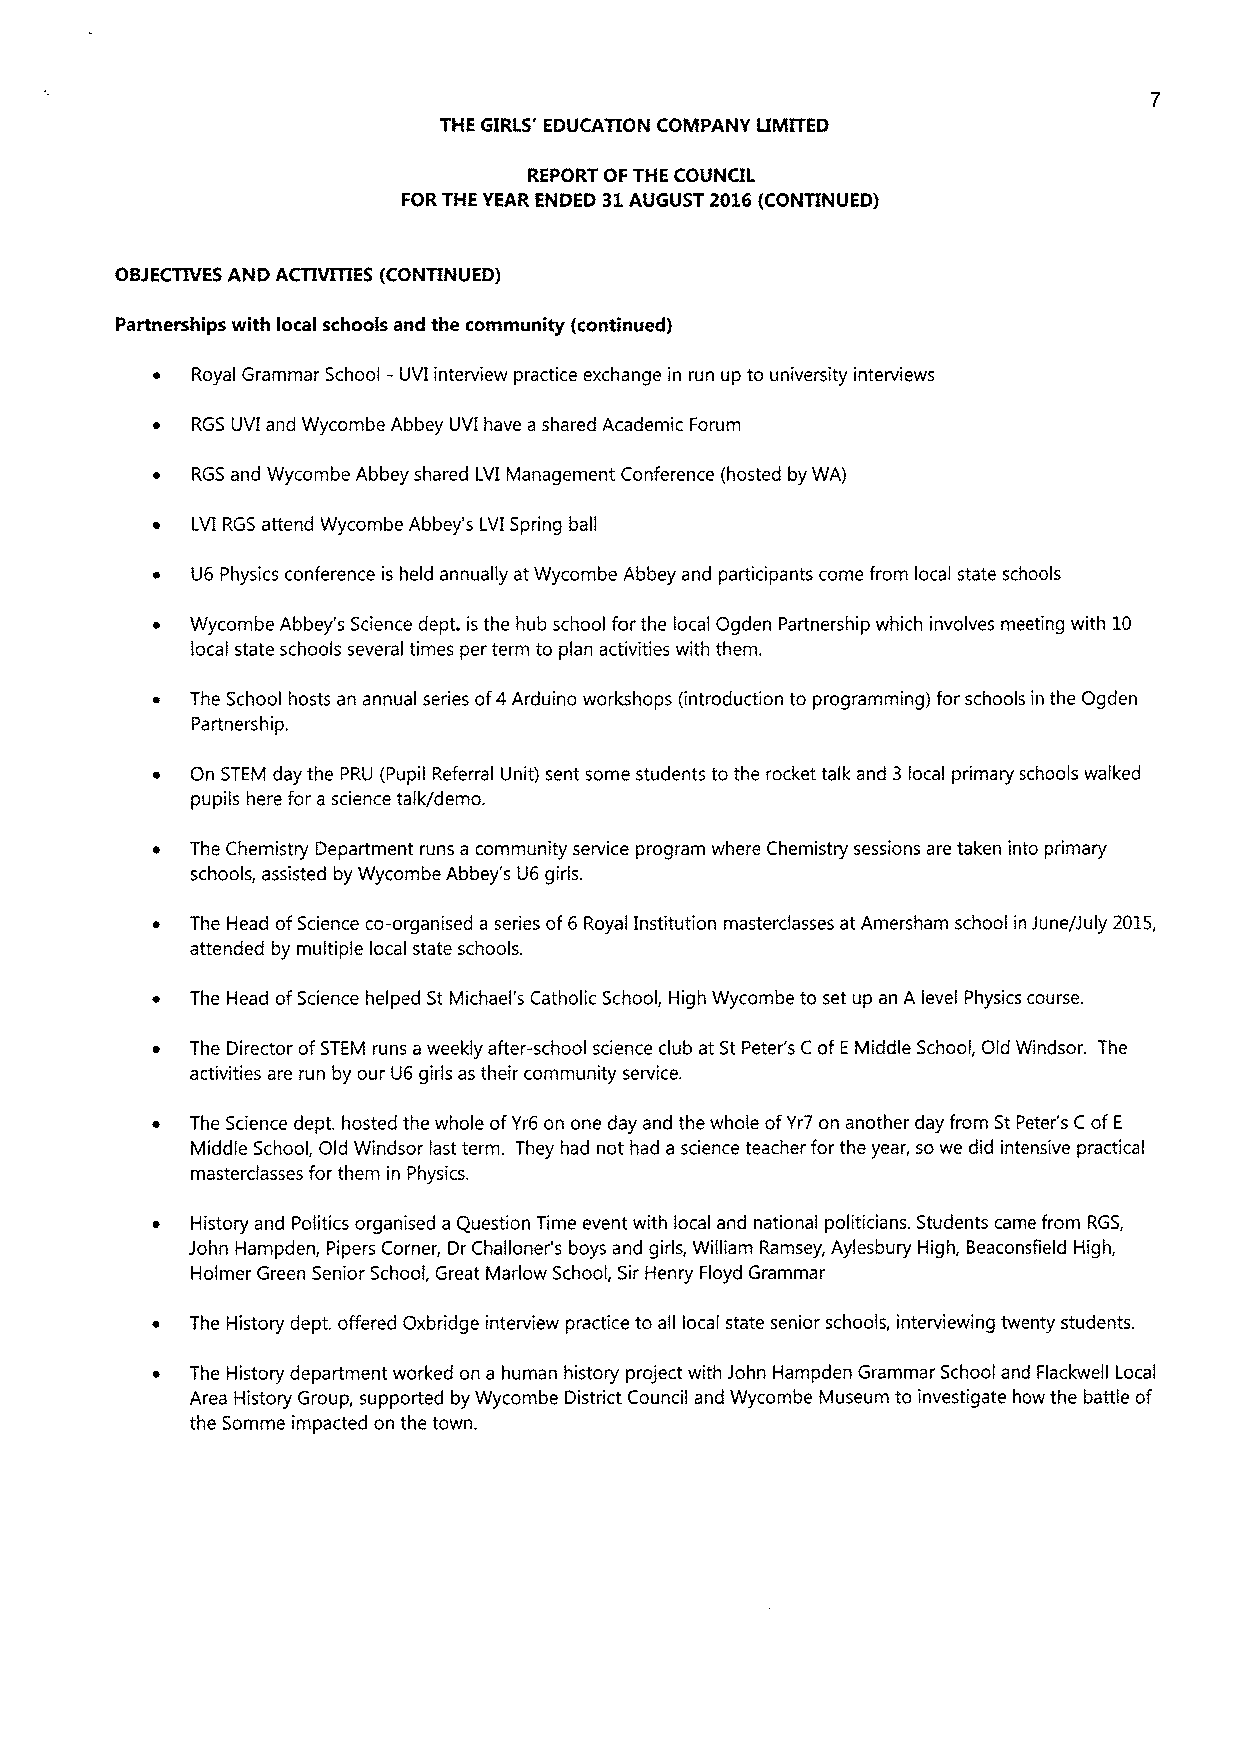
THE GIRLS' EDUCATION COMPANY LIMITED
 REPORT OF THE COUNCIL
 FOR THE YEAR ENDED 31AUGUST 2016(CONTINUED)
 OBJECTIVESAND ACTIVITIES (CONTINUED)
 Partnerships with local schools and the community (continued)
 ~  Royal Grammar School - UVI interview practice exchange in run up to university interviews
 RGS UVI and Wycombe Abbey UVI have a shared Academic Forum
 ~  RGS and Wycombe Abbey shared LVI Management Conference (hosted by WA)
 ~  LVI RGS attend Wycombe Abbey's LVI Spring ball
 ~  U6 Physics conference is held annually at Wycombe Abbey and participants come from local state schools
 Wycombe Abbey's Science dept. is the hub school for the local Ogden Partnership which involves meeting with 10
 local state schools several times per term to plan activities with them.
 The School hosts an annual series of4Arduino workshops (introduction to programming) for schools in the Ogden
 Partnership.
 On STEM day the PRU (Pupil Referral Unit) sent some students to the rocket talk and 3 local primary schools walked
 pupils here for a science talk/demo.
 ~  The Chemistry Department runs a community service program where Chemistry sessions are taken into primary
 schools, assisted by Wycombe Abbey's U6 girls.
 ~  The Head ofScience co-organised a series of6 Royal Institution masterclasses at Amersham school in June/July 2015,
 attended by multiple local state schools.
 ~  The Head ofScience helped St Michael's Catholic School, High Wycombe to set up an A level Physics course.
 ~  The Director ofSTEM runs a weekly after-school science club at St Peter's C ofEMiddle School, Old Windsor. The
 activities are run by our U6 girls as their community service.
 The Science dept. hosted the whole ofYr6 on one day and the whole ofYr7 on another day from St Peter's CofE
 Middle School, Old Windsor last term. They had not had a science teacher for the year, so we did intensive practical
 masterclasses for them in Physics.
 ~  History and Politics organised a Question Time event with local and national politicians. Students came from RGS,
 John Hampden, Pipers Corner, Dr Challoner's boys and girls, William Ramsey, Aylesbury High, Beaconsfield High,
 Holmer Green Senior School, Great Marlow School, Sir Henry Floyd Grammar
 ~  The History dept. offered Oxbridge interview practice to all local state senior schools, interviewing twenty students.
 ~  The History department worked on a human history project with John Hampden Grammar School and Flackwell Local
 Area History Group, supported by Wycombe District Council and Wycombe Museum to investigate how the battle of
 the Somme impacted on the town.